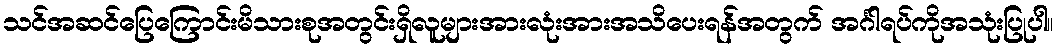
သင်အဆင်ပြေကြောင်းမိသားစုအတွင်းရှိလူများအားလုံးအားအသိပေးရန်အတွက် အင်္ဂါရပ်ကိုအသုံးပြုပါ။